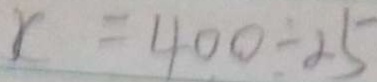
c = 4 0 0 \div 2 5